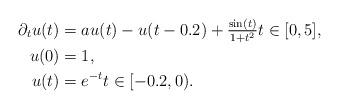
LaTeX: \begin{align*} \partial_{t} u(t) &= a u(t) - u(t - 0.2) + \tfrac{\sin(t)}{1 + t^2} t \in [0, 5], \\ u(0) &= 1, \\ u(t) &= e^{-t} t \in [-0.2, 0). \end{align*}